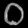
Digit: ၀